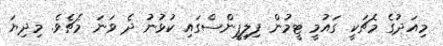
މިއަދުގެ މެޗަކީ ގައުމީ ޓީމުން ފިލިޕީންސްގައި ކުޅުނު ދެ ވަނަ މެޗެވެ. މިދިޔަ